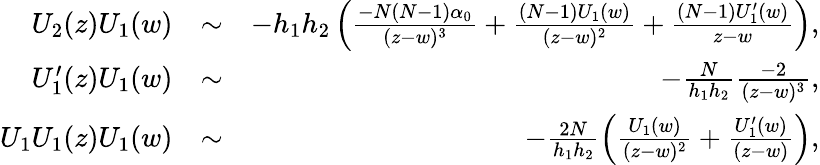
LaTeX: \begin{array}{rlr}{U_{2}(z)U_{1}(w)}&{\sim}&{-h_{1}h_{2}\left(\frac{-N(N-1)\alpha_{0}}{(z-w)^{3}}+\frac{(N-1)U_{1}(w)}{(z-w)^{2}}+\frac{(N-1)U_{1}^{\prime}(w)}{z-w}\right),}\\ {U_{1}^{\prime}(z)U_{1}(w)}&{\sim}&{-\frac{N}{h_{1}h_{2}}\frac{-2}{(z-w)^{3}},}\\ {U_{1}U_{1}(z)U_{1}(w)}&{\sim}&{-\frac{2N}{h_{1}h_{2}}\left(\frac{U_{1}(w)}{(z-w)^{2}}+\frac{U_{1}^{\prime}(w)}{(z-w)}\right),}\end{array}